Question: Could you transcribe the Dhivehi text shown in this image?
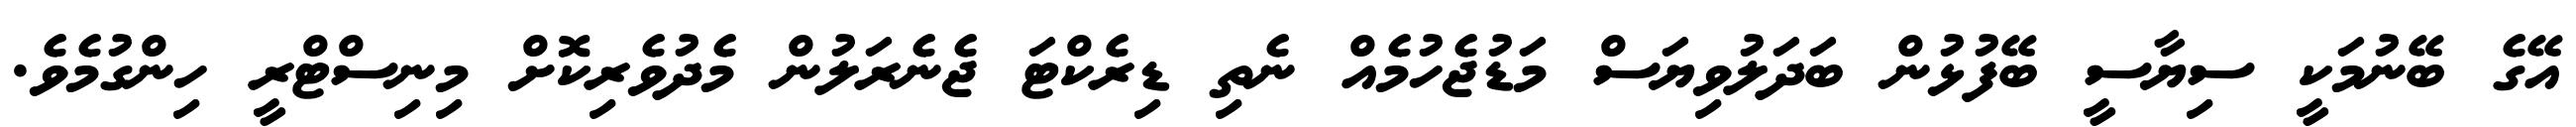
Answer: އޭގެ ބޭނުމަކީ ސިޔާސީ ބޭފުޅުން ބަދަލުވިޔަސް މަޑުޖެހުމެއް ނެތި ޑިރެކްޓަ ޖެނެރަލުން މެދުވެރިކޮށް މިނިސްޓްރީ ހިންގުމެވެ.